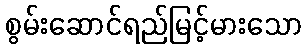
စွမ်းဆောင်ရည်မြင့်မားသော